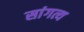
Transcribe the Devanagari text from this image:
सांगत्य